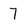
Character: 7